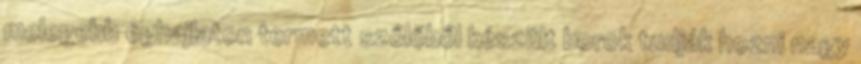
melegebb éghajlaton termett szőlőből készült borok tudják hozni nagy